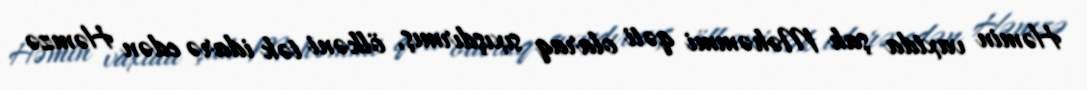
Həmin vaxtda şah Məhəmmi qəti olaraq sıxışdırmış, ölkəni tək idarə edən Həmzə